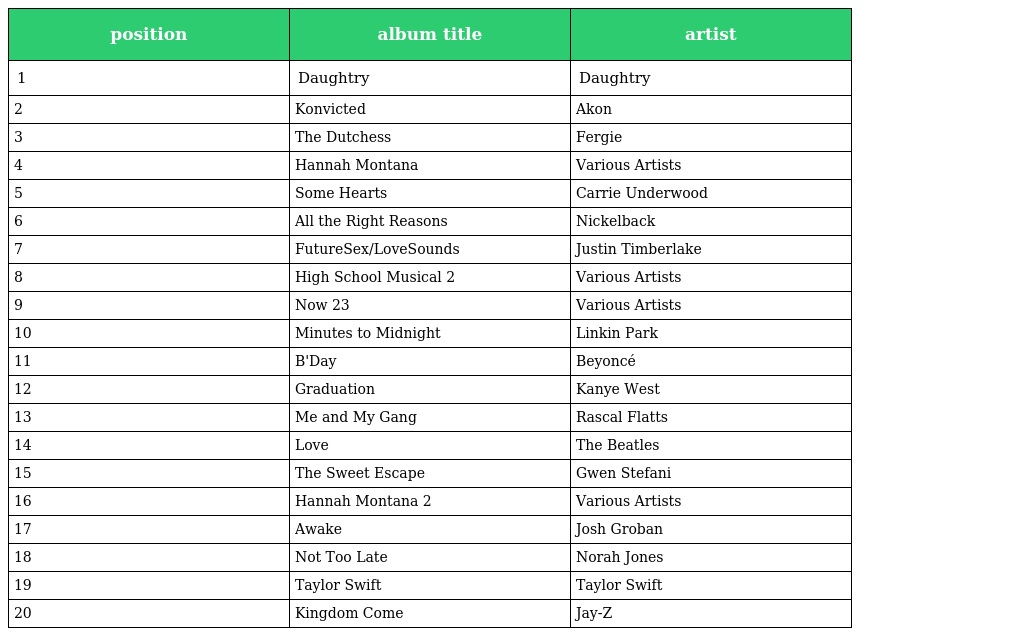
| position | album title | artist |
 | --- | --- | --- |
 | 1 | Daughtry | Daughtry |
 | 2 | Konvicted | Akon |
 | 3 | The Dutchess | Fergie |
 | 4 | Hannah Montana | Various Artists |
 | 5 | Some Hearts | Carrie Underwood |
 | 6 | All the Right Reasons | Nickelback |
 | 7 | FutureSex/LoveSounds | Justin Timberlake |
 | 8 | High School Musical 2 | Various Artists |
 | 9 | Now 23 | Various Artists |
 | 10 | Minutes to Midnight | Linkin Park |
 | 11 | B'Day | Beyoncé |
 | 12 | Graduation | Kanye West |
 | 13 | Me and My Gang | Rascal Flatts |
 | 14 | Love | The Beatles |
 | 15 | The Sweet Escape | Gwen Stefani |
 | 16 | Hannah Montana 2 | Various Artists |
 | 17 | Awake | Josh Groban |
 | 18 | Not Too Late | Norah Jones |
 | 19 | Taylor Swift | Taylor Swift |
 | 20 | Kingdom Come | Jay-Z |